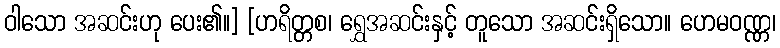
ဝါသော အဆင်းဟု ပေး၏။] [ဟရိတ္တစ၊ ရွှေအဆင်းနှင့် တူသော အဆင်းရှိသော။ ဟေမဝဏ္ဏ၊